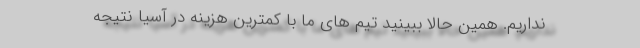
نداریم. همین حالا ببینید تیم های ما با کمترین هزینه در آسیا نتیجه